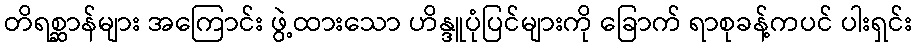
တိရစ္ဆာန်များ အကြောင်း ဖွဲ့ထားသော ဟိန္ဒူပုံပြင်များကို ခြောက် ရာစုခန့်ကပင် ပါးရှင်း